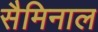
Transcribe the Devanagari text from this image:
सैमिनाल